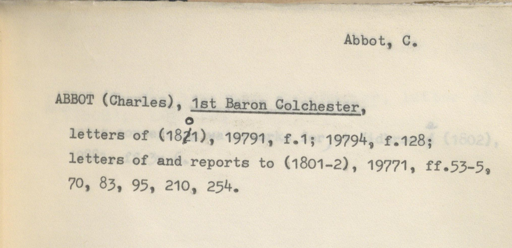
Label: content